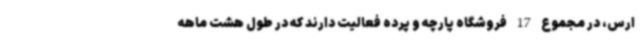
ارس، در مجموع 17 فروشگاه پارچه و پرده فعالیت دارند که در طول هشت ماهه